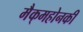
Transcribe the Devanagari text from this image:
मैक्‌महोनकी